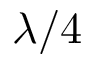
\lambda / 4